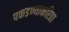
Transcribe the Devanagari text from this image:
पकडण्याकरिता